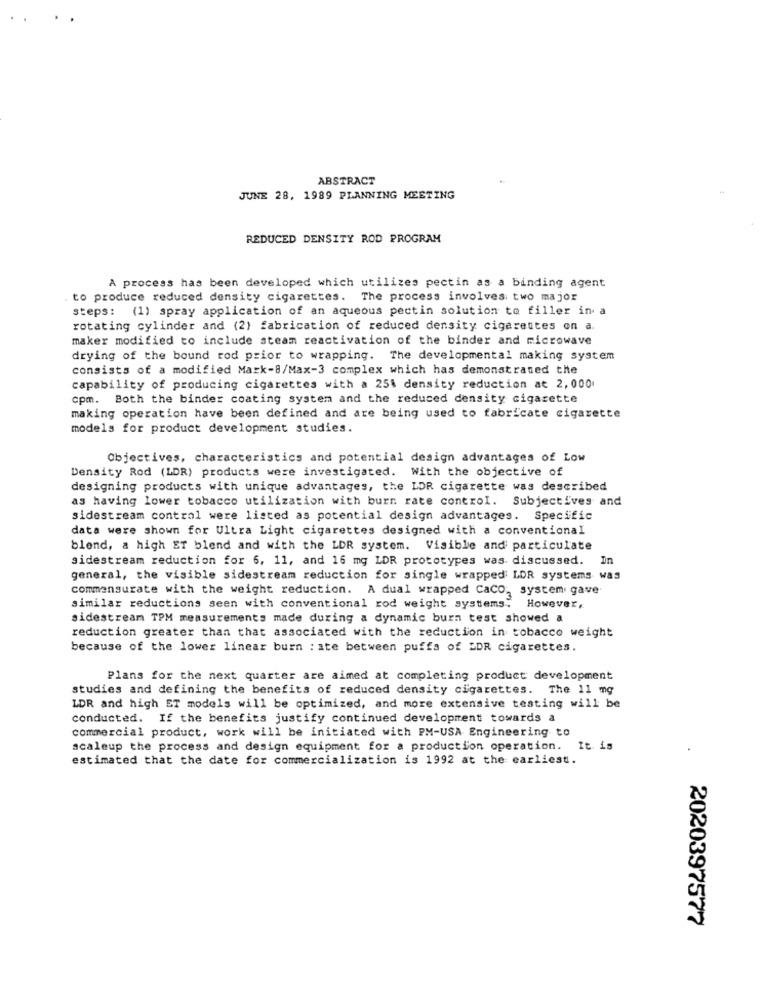
ABSTRACT
JUNE 28, 1989 PLANNING MEETING
REDUCED DENSITY ROD PROGRAM
A process has been developed which utilizes pectin as a binding agent
to produce reduced density cigarettes. The process involves two major
steps: (1) spray application of an aqueous pectin solution to filler in a
rotating cylinder and (2) fabrication of reduced density cigarettes on a.
maker modified to include steam reactivation of the binder and microwave
drying of the bound rod prior to wrapping. The developmental making system
consists of a modified Mark-8/Max-3 complex which has demonstrated the
capability of producing cigarettes with a 251 density reduction at 2, 000
cpm. Both the binder coating system and the reduced density cigarette
making operation have been defined and are being used to fabricate cigarette
models for product development studies.
Objectives, characteristics and potential design advantages of Low
Density Rod (LDR) products were investigated. With the objective of
designing products with unique advantages, the LDR cigarette was described
as having lower tobacco utilization with burn rate control. Subjectives and
sidestream control were listed as potential design advantages. Specific
data were shown for Ultra Light cigarettes designed with a conventional
blend, a high ET blend and with the LDR system. Visible and particulate
sidestream reduction for 6, 11, and 16 mg LDR prototypes was discussed.
general, the visible sidestream reduction for single wrapped LDR systems was
commensurate with the weight reduction. A dual wrapped Caco, system gave
similar reductions seen with conventional rod weight systems. However,
sidestream TPM measurements made during a dynamic burn test showed a
reduction greater than that associated with the reduction in tobacco weight
because of the lower linear burn : ate between puffs of EDR cigarettes.
Plans for the next quarter are aimed at completing product development
studies and defining the benefits of reduced density cigarettes. The 11 mg
LDR and high ET models will be optimized, and more extensive testing will be
conducted. If the benefits justify continued development towards a
commercial product, work will be initiated with PM-USA Engineering to
scaleup the process and design equipment for a production operation. It is
estimated that the date for commercialization is 1992 at the earliest.
2020397577